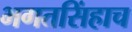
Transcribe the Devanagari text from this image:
भगतसिंहाच